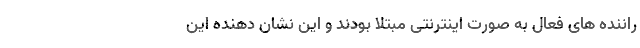
راننده های فعال به صورت اینترنتی مبتلا بودند و این نشان دهنده این